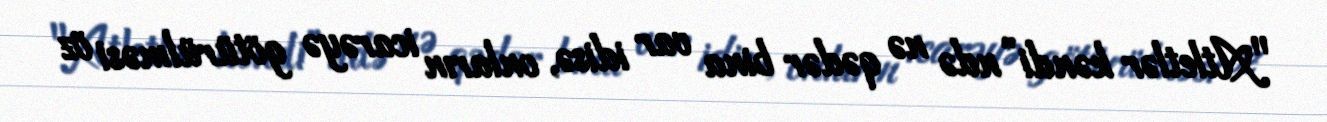
"Atletlər kəndi”ndə nə qədər bina var idisə, onların icarəyə götürülməsi öz